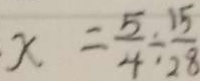
x = \frac { 5 } { 4 } \div \frac { 1 5 } { 2 8 }